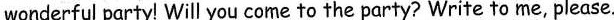
wonderful party! Will you come to the party? Write to me, please.